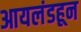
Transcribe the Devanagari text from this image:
आयलंडहून